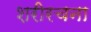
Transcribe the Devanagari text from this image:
शरीरचना